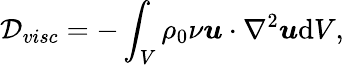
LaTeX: \mathcal{D}_{visc}=-\int_{V}\rho_{0}\nu\boldsymbol{u}\cdot\nabla^{2}\boldsymbol{u}\mathrm{{d}}V,